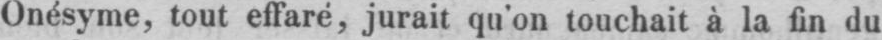
Onésyme, tout effaré, jurait qu’on touchait à la fin du